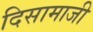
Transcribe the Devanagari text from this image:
दिसामाजी